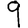
Digit: 9